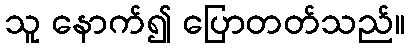
သူ နောက်၍ ပြောတတ်သည်။